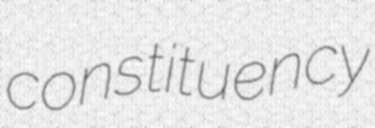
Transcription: constituency